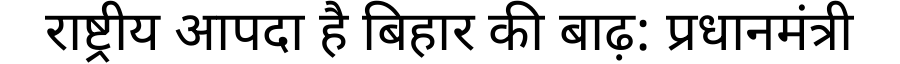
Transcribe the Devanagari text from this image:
राष्ट्रीय आपदा है बिहार की बाढ़: प्रधानमंत्री